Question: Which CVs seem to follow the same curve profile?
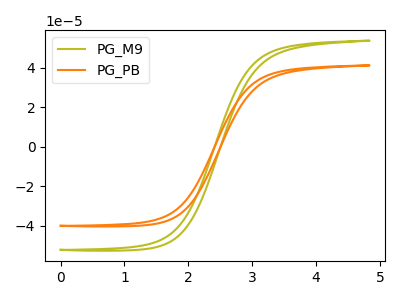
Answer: <think>The olive curve "PG_M9" has no peaks. The orange curve "PG_PB" has no peaks.
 Neither "PG_M9" or "PG_PB" have any peaks.</think>
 <answer>"PG_M9" and "PG_PB" have the same shape and are likely CV's of the same chemical.</answer>
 <eval>"PG_M9" "PG_PB"</eval>